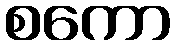
စကော